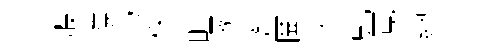
艘攜与株畦啄蔥圗忧虬覔總